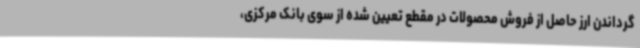
گرداندن ارز حاصل از فروش محصولات در مقطع تعیین شده از سوی بانک مرکزی،‌